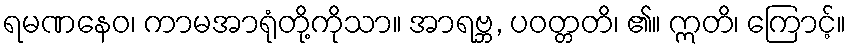
ရမဏနေဝ၊ ကာမအာရုံတို့ကိုသာ။ အာရဗ္ဘ, ပဝတ္တတိ၊ ၏။ ဣတိ၊ ကြောင့်။